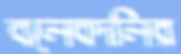
বলেবদলির